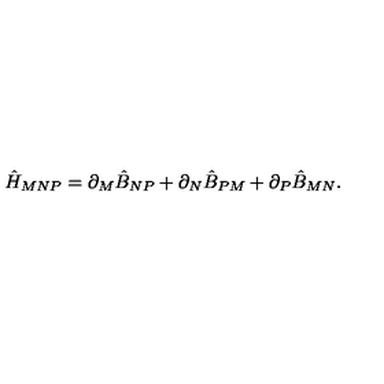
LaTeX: \hat { H } _ { M N P } = \partial _ { M } \hat { B } _ { N P } + \partial _ { N } \hat { B } _ { P M } + \partial _ { P } \hat { B } _ { M N } .